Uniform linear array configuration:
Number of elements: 8
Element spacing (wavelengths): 0.5
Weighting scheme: exponential
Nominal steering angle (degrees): -15
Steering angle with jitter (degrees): -13.35
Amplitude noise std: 0.05
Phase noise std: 0.05

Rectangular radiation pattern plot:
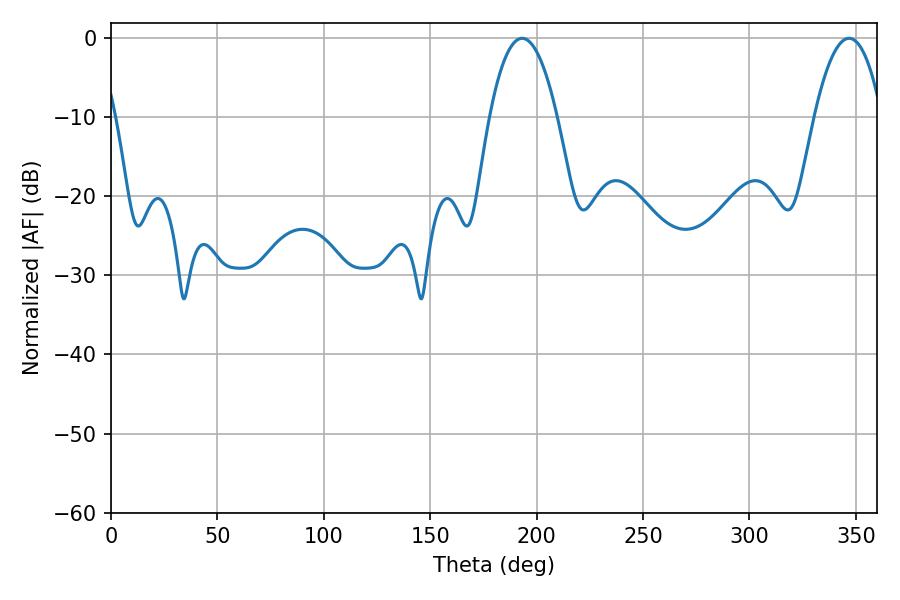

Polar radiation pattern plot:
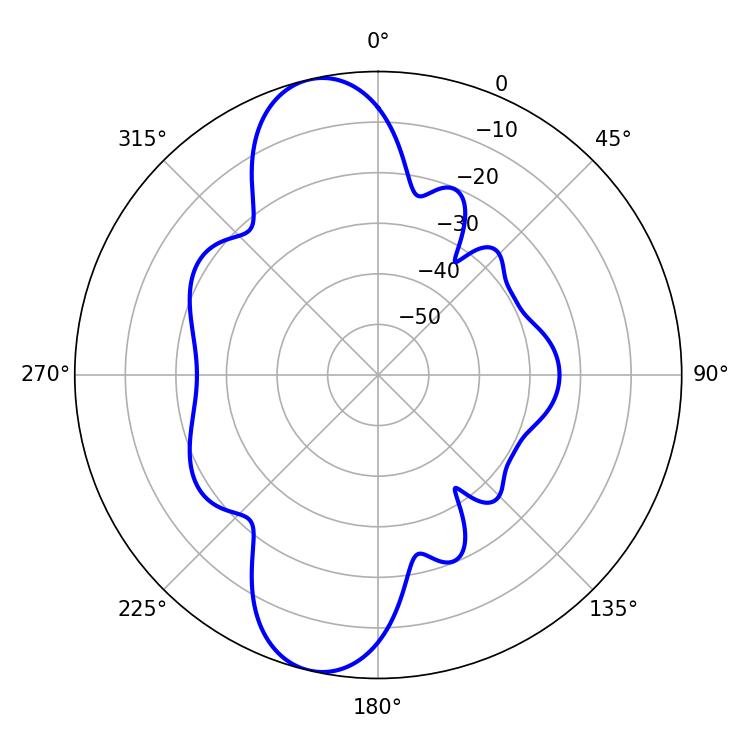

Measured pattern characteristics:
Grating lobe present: FALSE
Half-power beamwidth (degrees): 17.64
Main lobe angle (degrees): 193.14